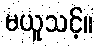
မယူသင့်။